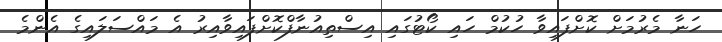
ހަނާ މެރުމަށް ކޮށްފައިވާ ހުކުމް ހައި ކޯޓުގައި އިސްތިއުނާފްކޮށްފައިވާއިރު އެ މައްސަލައިގެ އެންމެ